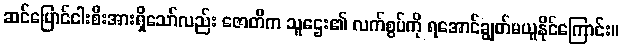
ဆင်ပြောင်ငါးစီးအားရှိသော်လည်း ဇောတိက သူဌေး၏ လက်စွပ်ကို ရအောင်ချွတ်မယူနိုင်ကြောင်း။